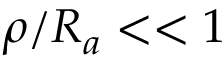
\rho / R _ { a } < < 1